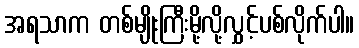
အရသာက တစ်မျိုးကြီးမို့လို့လွှင့်ပစ်လိုက်ပါ။